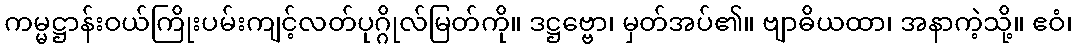
ကမ္မဋ္ဌာန်းဝယ်ကြိုးပမ်းကျင့်လတ်ပုဂ္ဂိုလ်မြတ်ကို။ ဒဋ္ဌဗ္ဗော၊ မှတ်အပ်၏။ ဗျာဓိယထာ၊ အနာကဲ့သို့။ ဧဝံ၊